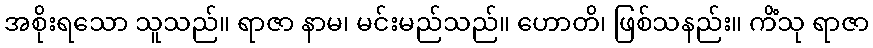
အစိုးရသော သူသည်။ ရာဇာ နာမ၊ မင်းမည်သည်။ ဟောတိ၊ ဖြစ်သနည်း။ ကိံသု ရာဇာ